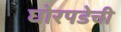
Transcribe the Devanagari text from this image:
घोरपडेची